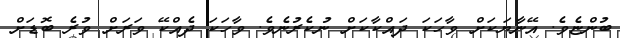
ބުންޏެވެ. އޭނާޔަކަށް ވާހަކަ ދައްކާކަށް ނުކެރުނެވެ. ވާހަކަ ދެއްކޭ ވަރަށް ވުރެ ބޮޑަށް